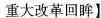
重大改革回眸】